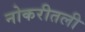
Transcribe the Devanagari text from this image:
नोकरीतली